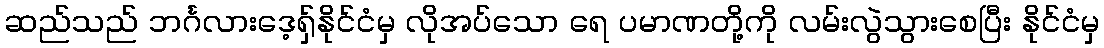
ဆည်သည် ဘင်္ဂလားဒေ့ရှ်နိုင်ငံမှ လိုအပ်သော ရေ ပမာဏတို့ကို လမ်းလွဲသွားစေပြီး နိုင်ငံမှ